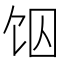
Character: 𱃶